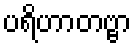
ပရိဟာတဗ္ဗာ